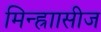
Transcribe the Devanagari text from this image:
मिन्ह्राासीज